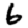
Digit: 6